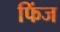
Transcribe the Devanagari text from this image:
फिंज